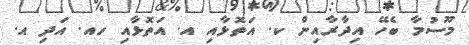
މޫސުމާ ބެހޭ އިދާރާއިން ކ. އަތޮޅާއި އ. އަތޮޅާއި ހއ. އަދި އ.